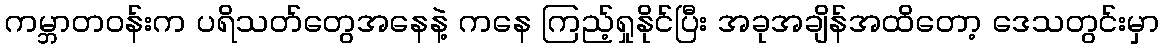
ကမ္ဘာတဝန်းက ပရိသတ်တွေအနေနဲ့ ကနေ ကြည့်ရှုနိုင်ပြီး အခုအချိန်အထိတော့ ဒေသတွင်းမှာ